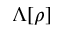
\Lambda [ \rho ]